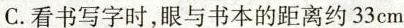
C.看书写字时，眼与书本的距离约33cm